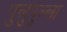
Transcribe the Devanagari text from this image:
पुलुपुल्ला